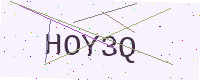
Text: HOY3Q